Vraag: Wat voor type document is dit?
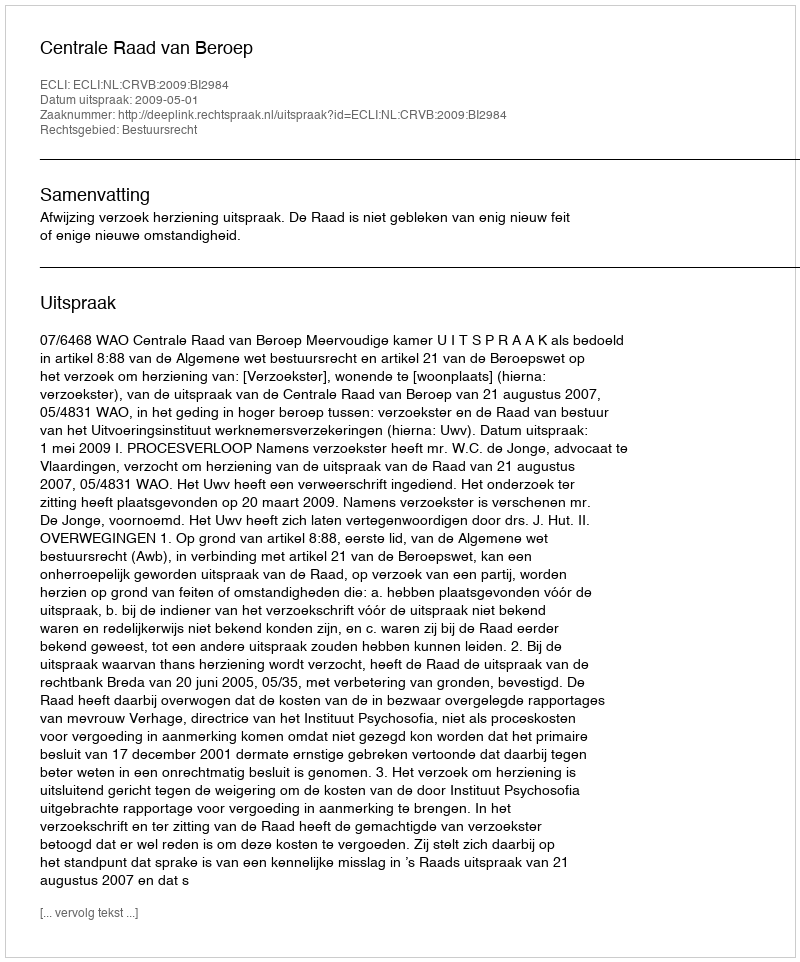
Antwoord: Uitspraak